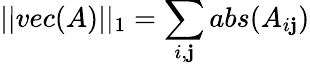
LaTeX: ||vec(A)||_{1}=\sum_{i,\mathbf{j}}abs(A_{i\mathbf{j}})